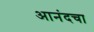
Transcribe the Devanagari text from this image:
आनंदचा